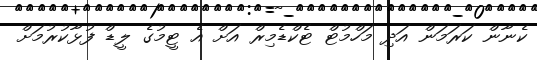
ކެނާން ކަރަމަން އަދި މަހްމުޓް ޓެކްޑެމިރް އަށް އެ ޓީމުގެ ލީޑް ފުޅާކުރުމަށް